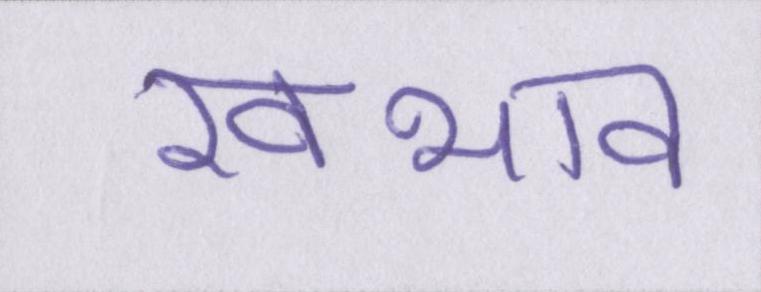
स्वभाव